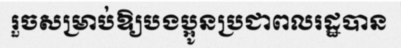
រួចសម្រាប់ឱ្យបងប្អូនប្រជាពលរដ្ឋបាន